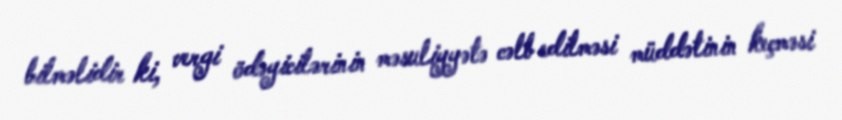
bilməlidir ki, vergi ödəyicilərinin məsuliyyətə cəlb edilməsi müddətinin keçməsi